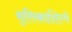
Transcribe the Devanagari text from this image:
मृत्तिकाशिल्पे